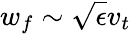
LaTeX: w_{f}\sim\sqrt{\epsilon}v_{t}